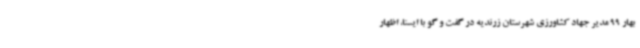
بهار 99 مدیر جهاد کشاورزی شهرستان زرندیه در گفت و گو با ایسنا، اظهار